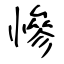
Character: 慘